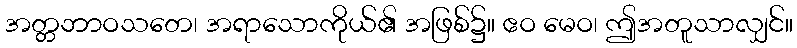
အတ္တဘာဝသတေ၊ အရာသောကိုယ်၏ အဖြစ်၌။ ဧဝ မေဝ၊ ဤအတူသာလျှင်။